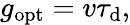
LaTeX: g_{\mathrm{opt}}=v\tau_{\mathrm{d}},